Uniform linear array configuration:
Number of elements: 8
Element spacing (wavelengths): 0.75
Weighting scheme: cosine
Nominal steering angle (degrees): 45
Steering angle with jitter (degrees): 45.527
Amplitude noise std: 0.05
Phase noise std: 0.05

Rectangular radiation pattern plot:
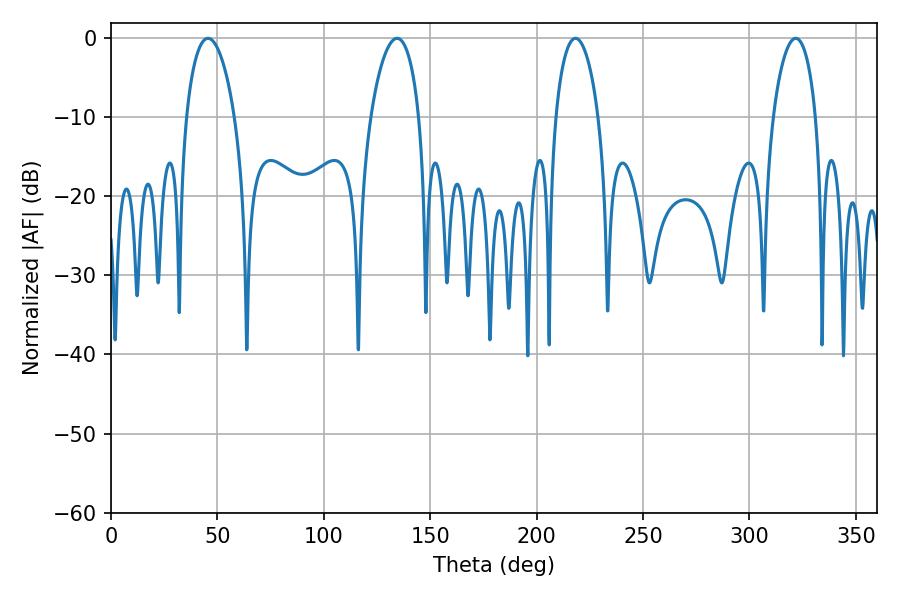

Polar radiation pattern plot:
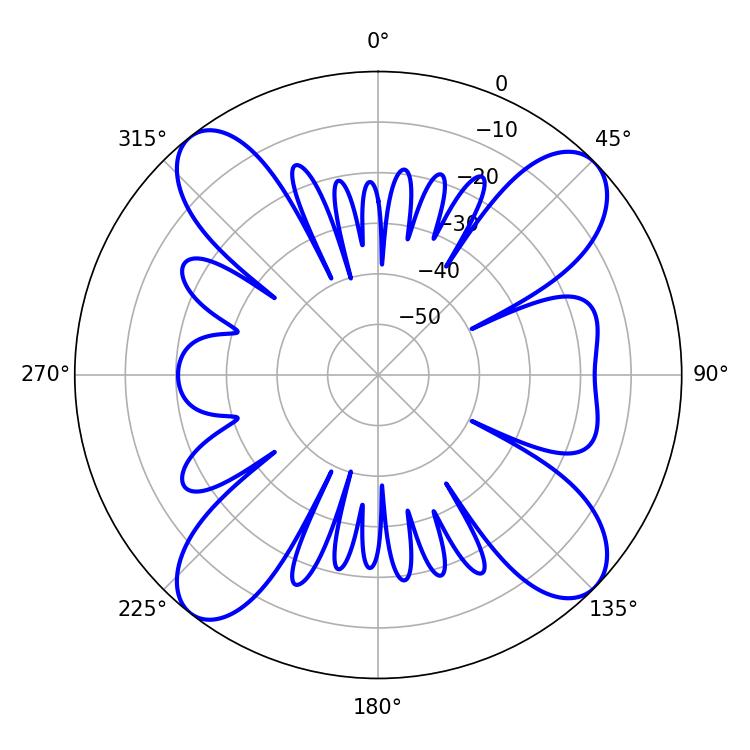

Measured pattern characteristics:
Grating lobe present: TRUE
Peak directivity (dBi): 13.576
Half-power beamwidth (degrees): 12.96
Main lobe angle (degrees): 45.54